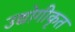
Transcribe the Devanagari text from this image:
उद्योगीकृत